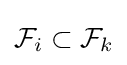
{\mathcal {F}}_{i}\subset {\mathcal {F}}_{k}